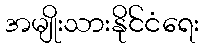
အမျိုးသားနိုင်ငံရေး